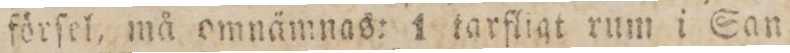
förſel, må omnämnas: 1 tarfligt rum i San